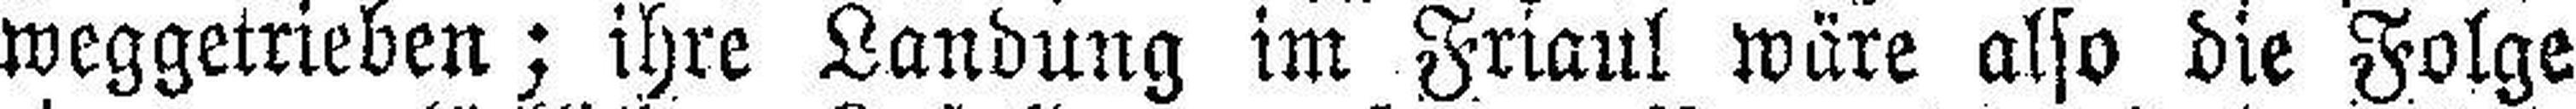
weggetrieben; ihre Landung im Friaul wäre also die Folge